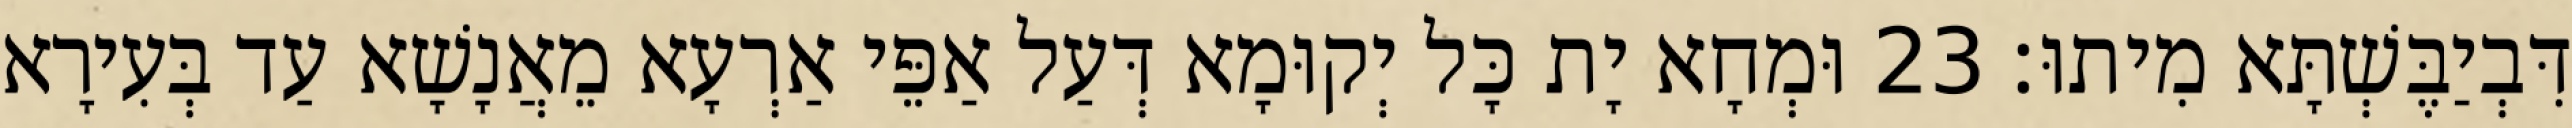
דִּבְיַבֶּשְׁתָּא מִיתוּ׃ 23 וּמְחָא יָת כָּל יְקוּמָא דְּעַל אַפֵּי אַרְעָא מֵאֲנָשָׁא עַד בְּעִירָא